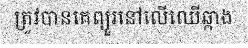
ត្រូវបានគេព្យួរនៅលើឈើឆ្កាង